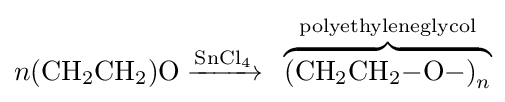
n{(\mathrm {CH} {\vphantom {A}}_{\smash[{t}]{2}}\mathrm {CH} {\vphantom {A}}_{\smash[{t}]{2}})\mathrm {O} {}\mathrel {\xrightarrow {\mathrm {SnCl} {\vphantom {A}}_{\smash[{t}]{4}}} } {}}\ \overbrace {{(\mathrm {CH} {\vphantom {A}}_{\smash[{t}]{2}}\mathrm {CH} {\vphantom {A}}_{\smash[{t}]{2}}{-}\mathrm {O} {-})}_{n}} ^{\mathrm {polyethyleneglycol} }